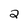
Character: 2